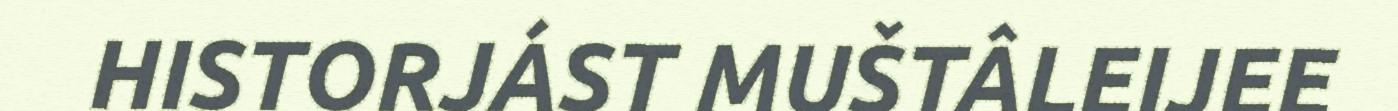
HISTORJÁST MUŠTÂLEIJEE